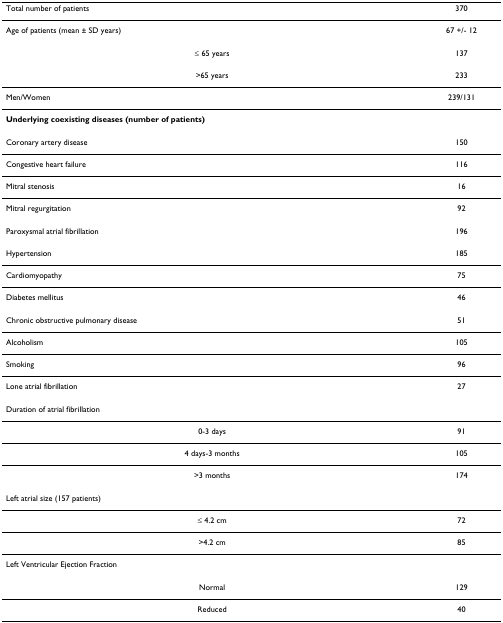
| Total number of patients | 370 |
 | --- | --- |
 | Age of patients (mean ± SD years) | 67 +/- 12 |
 | ≤ 65 years | 137 |
 | >65 years | 233 |
 | Men/Women | 239/131 |
 | Underlying coexisting diseases (number of patients) |  |
 | Coronary artery disease | 150 |
 | Congestive heart failure | 116 |
 | Mitral stenosis | 16 |
 | Mitral regurgitation | 92 |
 | Paroxysmal atrial fibrillation | 196 |
 | Hypertension | 185 |
 | Cardiomyopathy | 75 |
 | Diabetes mellitus | 46 |
 | Chronic obstructive pulmonary disease | 51 |
 | Alcoholism | 105 |
 | Smoking | 96 |
 | Lone atrial fibrillation | 27 |
 | Duration of atrial fibrillation |  |
 | 0-3 days | 91 |
 | 4 days-3 months | 105 |
 | >3 months | 174 |
 | Left atrial size (157 patients) |  |
 | ≤ 4.2 cm | 72 |
 | >4.2 cm | 85 |
 | Left Ventricular Ejection Fraction |  |
 | Normal | 129 |
 | Reduced | 40 |